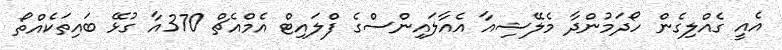
އެއީ ގެއްލިގެން ހޯދަމުންދާ މެލޭޝިއާ އެއާލައިންސްގެ ފްލައިޓް އެމްއެޗް 370އާ ގުޅޭ ބައިތަކެއްތޯ